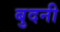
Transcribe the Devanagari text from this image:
बुदनी